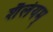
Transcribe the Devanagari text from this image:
शैलेयम्